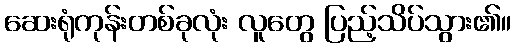
ဆေးရုံကုန်းတစ်ခုလုံး လူတွေ ပြည့်သိပ်သွား၏။